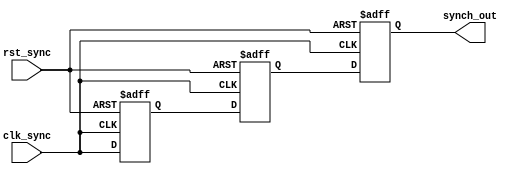
module cascade_synchronizer (
    input wire clk_sync, //input signal from source clock domain
    input wire rst_sync, //reset signal for synchronizer
    output reg synch_out //output signal synchronized to destination clock domain
);

reg [3:0] ff1, ff2, ff3; //multiple flip-flops connected in series

always @(posedge clk_sync or posedge rst_sync) begin
    if (rst_sync) begin
        ff1 <= 0;
        ff2 <= 0;
        ff3 <= 0;
    end else begin
        ff1 <= clk_sync;
        ff2 <= ff1;
        ff3 <= ff2;
    end
end

assign synch_out = ff3; //output signal synchronized to destination clock domain

endmodule